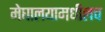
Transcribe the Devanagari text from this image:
मेघालयामधीलच